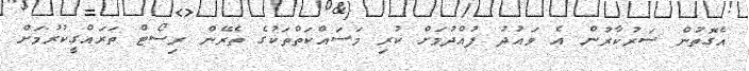
އެގޮތުން ސަރުކާރުން އެ ވައުދު ފުއްދުމަށް ކުރި މަސައްކަތްތަކުގެ ތެރޭން ރިސޯޓް ތަރައްގީކުރުމަށް